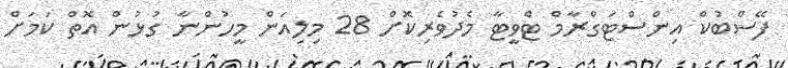
ފޭސްބުކް އިންސްޓަގްރާމް ޓްވީޓާ މެދުވެރިކޮށް 28 މިލިއަން މީހުންނާ ގުޅުން އޮތް ކަމަށް